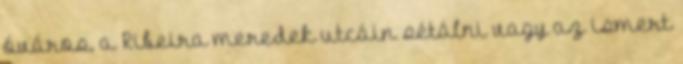
óváros, a Ribeira meredek utcáin sétálni vagy az ismert